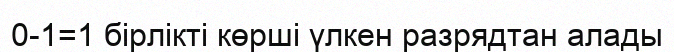
0-1=1 бiрлiктi көршi үлкен разрядтан алады